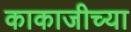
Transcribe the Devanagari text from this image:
काकाजीच्या